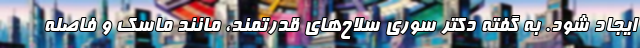
ایجاد شود. به گفته دکتر سوری سلاح‌های قدرتمند، مانند ماسک و فاصله